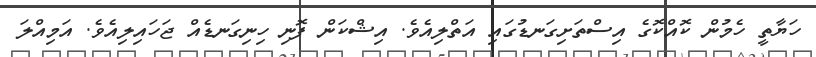
ހަޔާތީ ހެމުން ކޮއްކޮގެ އިސްތަށިގަނޑުގައި އަތްލިއެވެ. އިޝްކަން ފޮނި ހިނިގަނޑެއް ޖަހައިލިއެވެ. އަމިއްލަ